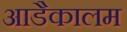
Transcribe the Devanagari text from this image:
आडैकालम